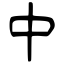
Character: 中